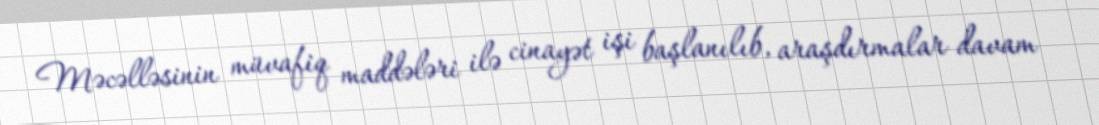
Məcəlləsinin müvafiq maddələri ilə cinayət işi başlanılıb, araşdırmalar davam